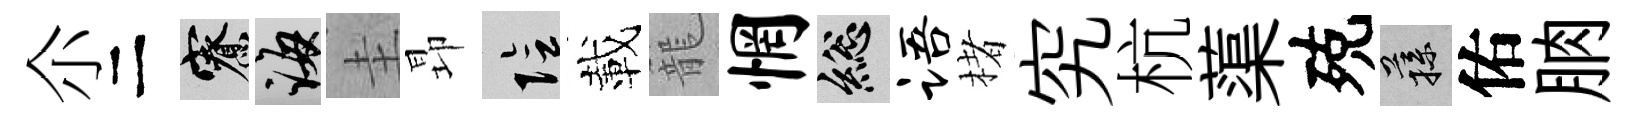
尒二寮誨圭昻隂載籠惘總语楮究杭蕖殑蓀佑朒